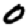
Digit: 0